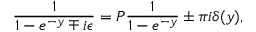
{ \frac { 1 } { 1 - e ^ { - y } \mp i \epsilon } } = { \cal { P } } { \frac { 1 } { 1 - e ^ { - y } } } \pm \pi i \delta ( y ) ,